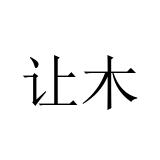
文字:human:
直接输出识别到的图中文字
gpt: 让木